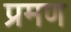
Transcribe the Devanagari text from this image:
प्रमण